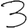
Digit: 3